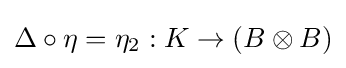
\Delta \circ \eta =\eta _{2}:K\to (B\otimes B)